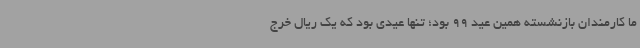
ما کارمندان بازنشسته همین عید 99 بود؛ تنها عیدی بود که یک ریال خرج